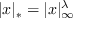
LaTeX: | x | _ { * } = | x | _ { \infty } ^ { \lambda }